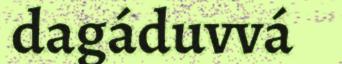
dagáduvvá